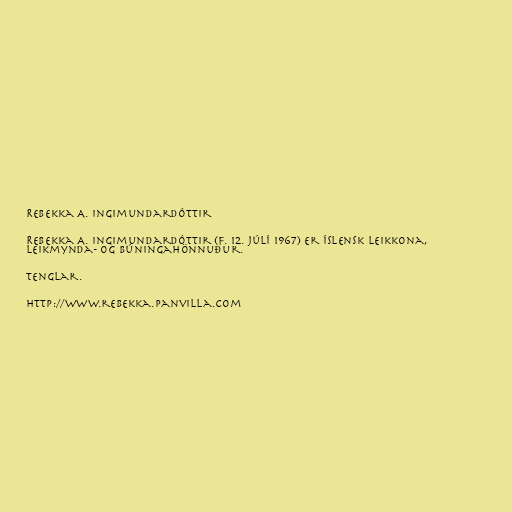
Rebekka A. Ingimundardóttir

Rebekka A. Ingimundardóttir (f. 12. júlí 1967) er íslensk leikkona,
leikmynda- og búningahönnuður.

Tenglar.

http://www.rebekka.panvilla.com